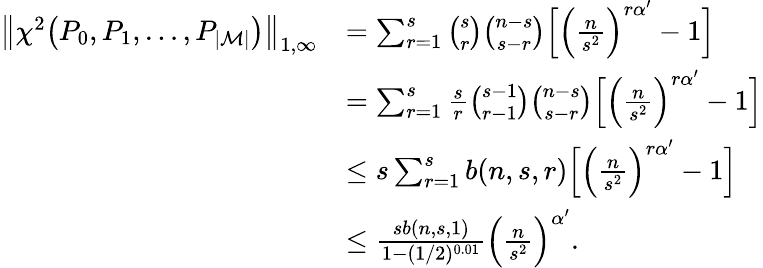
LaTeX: \begin{array}{rl}{\big\| \chi^{2}\big(P_{0},P_{1},\dots,P_{|{\mathcal M}|}\big)\big\| _{1,\infty}}&{=\sum_{r=1}^{s}\binom{s}{r}\binom{n-s}{s-r}\Big[\Big(\frac{n}{s^{2}}\Big)^{r\alpha^{\prime}}-1\Big]}\\ &{=\sum_{r=1}^{s}\frac{s}{r}\binom{s-1}{r-1}\binom{n-s}{s-r}\Big[\Big(\frac{n}{s^{2}}\Big)^{r\alpha^{\prime}}-1\Big]}\\ &{\leq s\sum_{r=1}^{s}b(n,s,r)\Big[\Big(\frac{n}{s^{2}}\Big)^{r\alpha^{\prime}}-1\Big]}\\ &{\leq\frac{sb(n,s,1)}{1-(1/2)^{0.01}}\Big(\frac n{s^{2}}\Big)^{\alpha^{\prime}}.}\end{array}